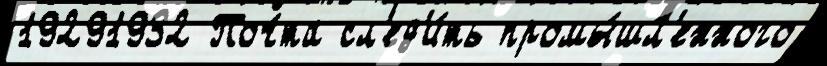
19291932 Поч́та сл'ед'и́ть промы́шл'енного